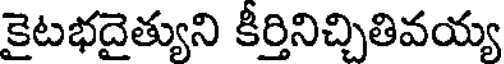
కైటభదైత్యుని కీర్తినిచ్చితివయ్య